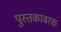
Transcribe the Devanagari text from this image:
पुस्तकावरक